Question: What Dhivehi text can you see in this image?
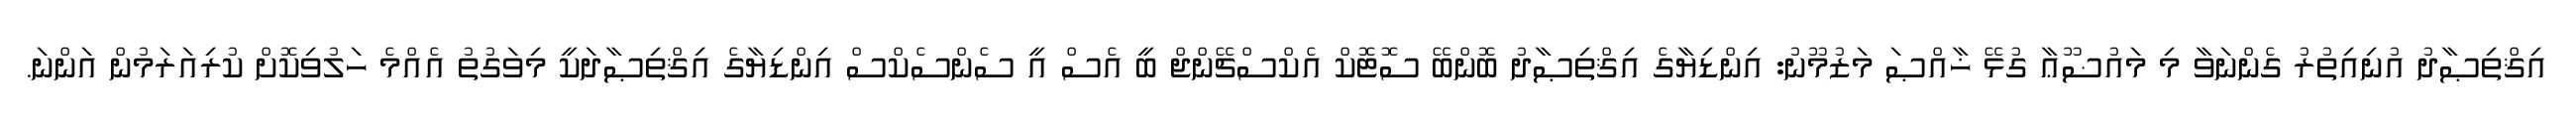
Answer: އިޤްތިޞާދު އުނިއިތުރު ގެންނަވާ މި މައުޟޫޢާ ގުޅޭ ޚާއްޞަ މަޒުމޫނު: އިންޑިޔާގެ އިޤްތިޞާދު ބޮންބޭ ސޮޓޮކް އެކްސްޗޭންޖް ބީ އެސް އީ ސެންސެކްސް އިންޑިޔާގެ އިޤްތިޞާދަކީ މިވަގުތު އެއްމެ ހަލުވިކޮށް ކުރިއަރަމުން އަންނަ.